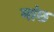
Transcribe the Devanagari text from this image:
मांछ